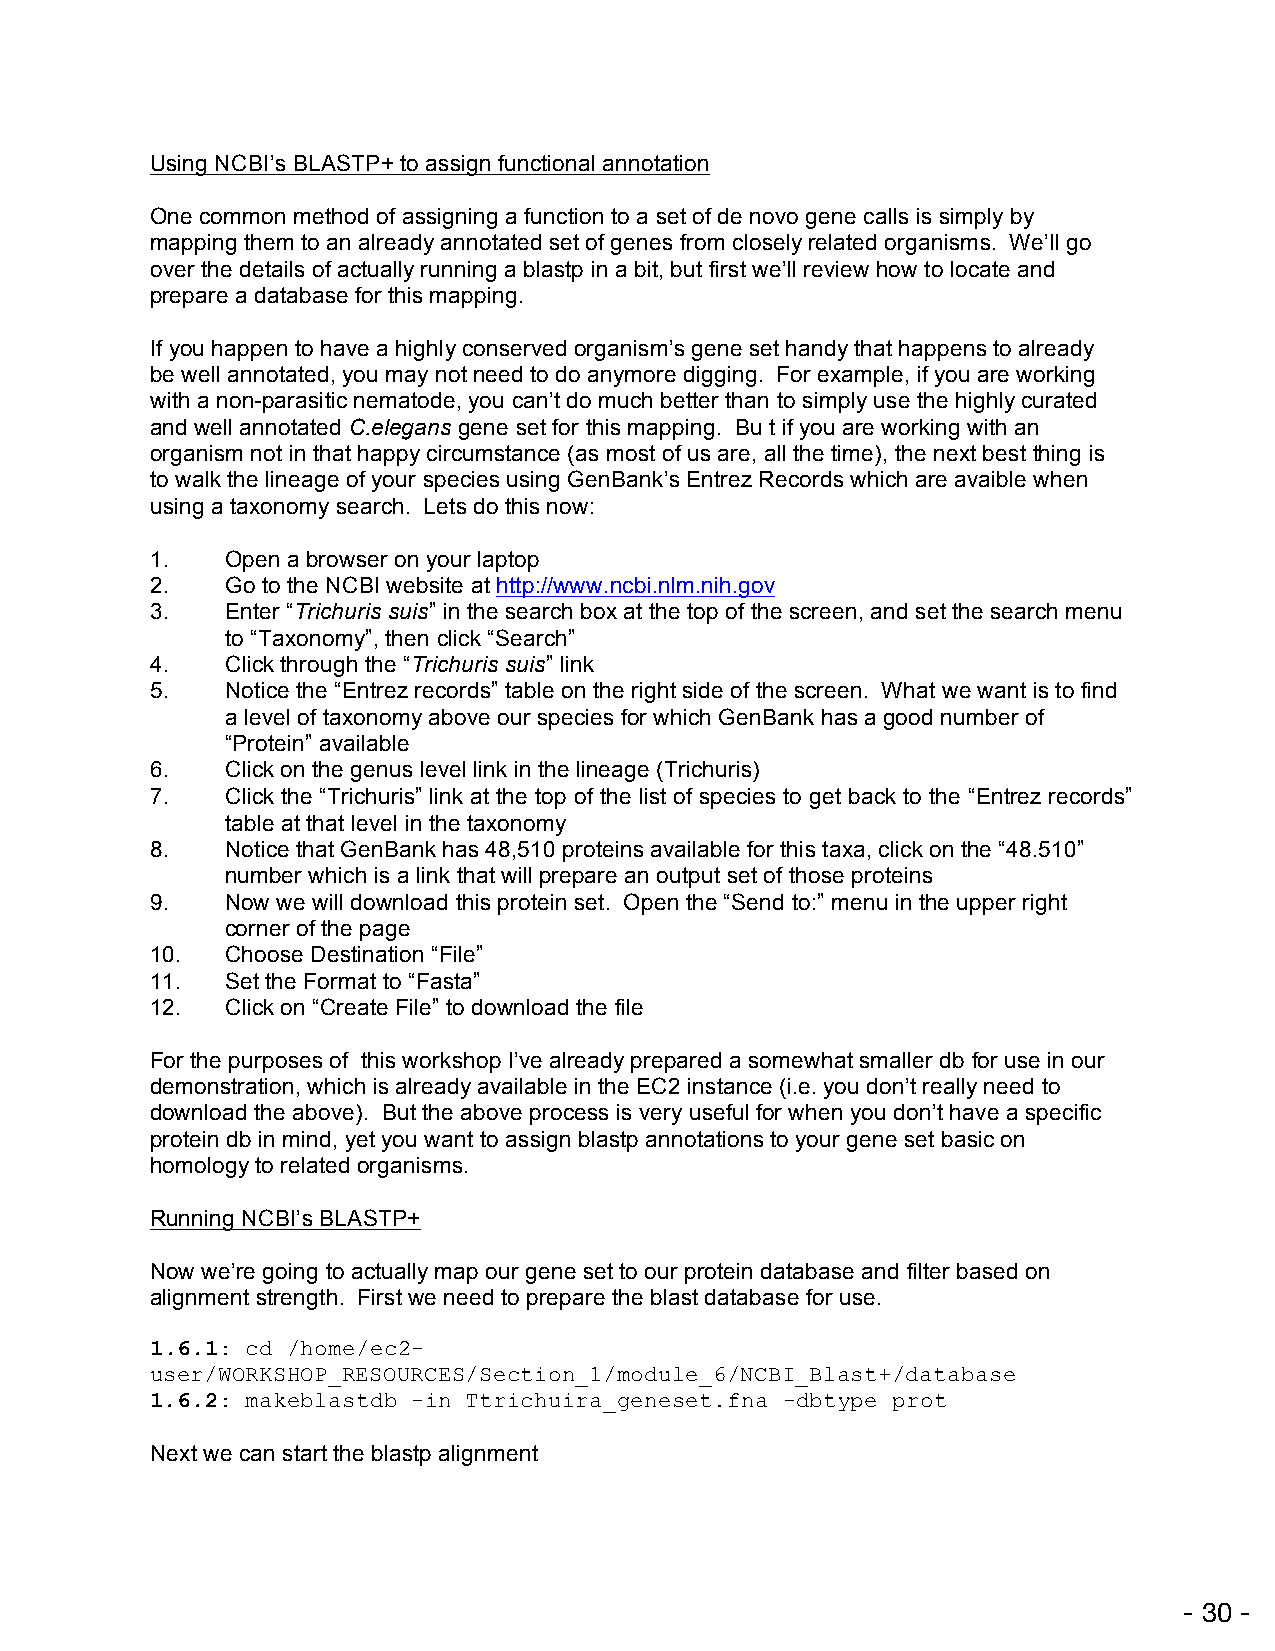
Using NCBI’s BLASTP+ to assign functional annotation
 One common method of assigning a function to a set of de novo gene calls is simply by
 mapping them to an already annotated set of genes from closely related organisms. We’ll go
 over the details of actually running a blastp in a bit, but first we’ll review how to locate and
 prepare a database for this mapping.
 If you happen to have a highly conserved organism’s gene set handy that happens to already
 be well annotated, you may not need to do anymore digging. For example, if you are working
 with a non-parasitic nematode, you can’t do much better than to simply use the highly curated
 and well annotated C.elegans gene set for this mapping. Bu t if you are working with an
 organism not in that happy circumstance (as most of us are, all the time), the next best thing is
 to walk the lineage of your species using GenBank’s Entrez Records which are avaible when
 using a taxonomy search. Lets do this now:
 1.   Open a browser on your laptop
 2.   Go to the NCBI website at http://www.ncbi.nlm.nih.gov
 3.   Enter “Trichuris suis” in the search box at the top of the screen, and set the search menu
 to “Taxonomy”, then click “Search”
 4.   Click through the “Trichuris suis” link
 5.   Notice the “Entrez records” table on the right side of the screen. What we want is to find
 a level of taxonomy above our species for which GenBank has a good number of
 “Protein” available
 6.   Click on the genus level link in the lineage (Trichuris)
 7.   Click the “Trichuris” link at the top of the list of species to get back to the “Entrez records”
 table at that level in the taxonomy
 8.   Notice that GenBank has 48,510 proteins available for this taxa, click on the “48.510”
 number which is a link that will prepare an output set of those proteins
 9.   Now we will download this protein set. Open the “Send to:” menu in the upper right
 corner of the page
 10.  Choose Destination “File”
 11.  Set the Format to “Fasta”
 12.  Click on “Create File” to download the file
 For the purposes of this workshop I’ve already prepared a somewhat smaller db for use in our
 demonstration, which is already available in the EC2 instance (i.e. you don’t really need to
 download the above). But the above process is very useful for when you don’t have a specific
 protein db in mind, yet you want to assign blastp annotations to your gene set basic on
 homology to related organisms.
 Running NCBI’s BLASTP+
 Now we’re going to actually map our gene set to our protein database and filter based on
 alignment strength. First we need to prepare the blast database for use.
 1.6.1: cd /home/ec2-
 user/WORKSHOP_RESOURCES/Section_1/module_6/NCBI_Blast+/database
 1.6.2: makeblastdb -in Ttrichuira_geneset.fna -dbtype prot
 Next we can start the blastp alignment